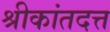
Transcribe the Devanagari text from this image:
श्रीकांतदत्त